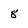
Character: 8